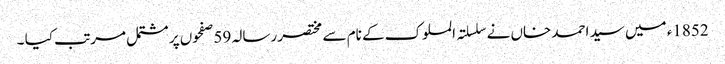
1852ء میں سید احمد خاں نے سلسلتہ الملوک کے نام سے مختصر رسالہ 59 صفحوں پر مشتمل مرتب کیا ۔